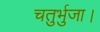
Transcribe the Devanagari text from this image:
चतुर्भुजा।